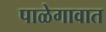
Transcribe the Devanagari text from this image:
पाळेगावात